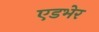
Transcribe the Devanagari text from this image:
एडभेर